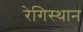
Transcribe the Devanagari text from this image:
रेगिस्थान